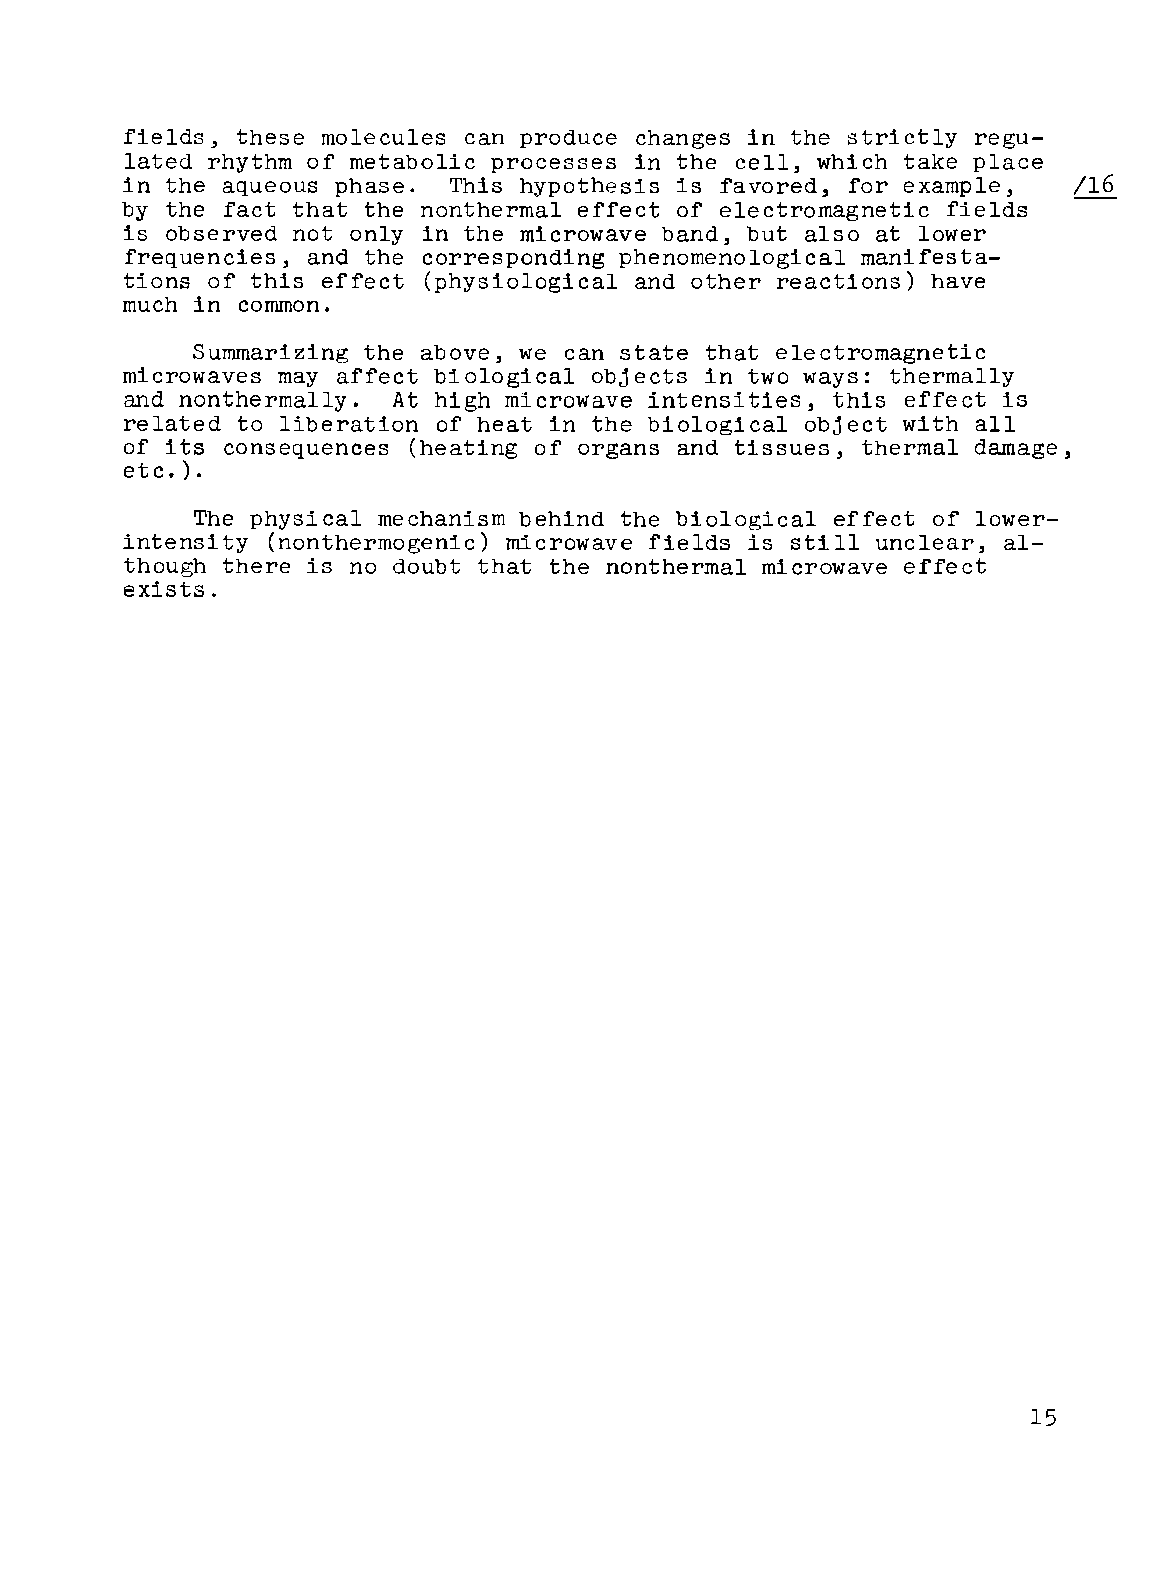
fields, these molecules can produce changes in the strictly regu
 lated rhythm of metabolic processes in the cell, which take place
 in the aqueous phase. This hypothesis is favored, for example, /16
 by the fact that the nonthermal effect of electromagnetic fields
 is observed not only in the microwave band, but also at lower
 frequencies, and the corresponding phenomenological manifesta-
 tions of this effect (physiological and other reactions) have
 much in common.
 Summarizing the above, we can state that electromagnetic
 microwaves may affect biological objects in two ways: thermally
 and nonthermally. At high microwave intensities, this effect is
 related to liberation of heat in the biological object with all
 of its consequences (heating of organs and tissues, thermal damage,
 etc.) .
 The physical mechanism behind the biological effect of lower
 intensity (nonthermogenic) microwave fields is still unclear, al
 though there is no doubt that the nonthermal microwave effect
 exists.
 15